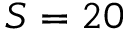
S = 2 0